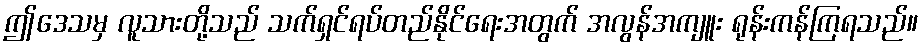
ဤဒေသမှ လူသားတို့သည် သက်ရှင်ရပ်တည်နိုင်ရေးအတွက် အလွန်အကျူး ရုန်းကန်ကြရသည်။